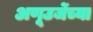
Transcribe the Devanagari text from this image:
अणूउर्जेच्या